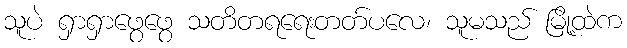
သူပဲ ရှာရှာဖွေဖွေ သတိတရရေးတတ်ပလေ၊ သူမသည် မြို့ထဲက